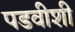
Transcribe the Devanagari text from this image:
पडवीशी